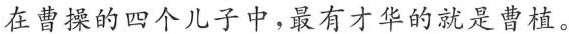
在曹操的四个儿子中，最有才华的就是曹植。